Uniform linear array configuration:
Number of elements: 32
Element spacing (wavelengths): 0.5
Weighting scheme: hann
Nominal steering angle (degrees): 30
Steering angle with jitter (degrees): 28.452
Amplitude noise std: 0.05
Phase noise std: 0.05

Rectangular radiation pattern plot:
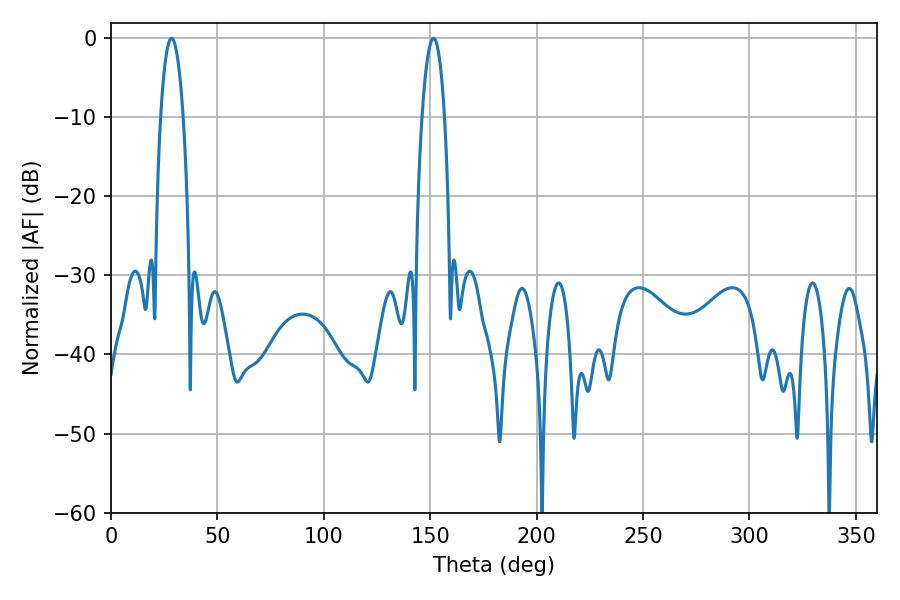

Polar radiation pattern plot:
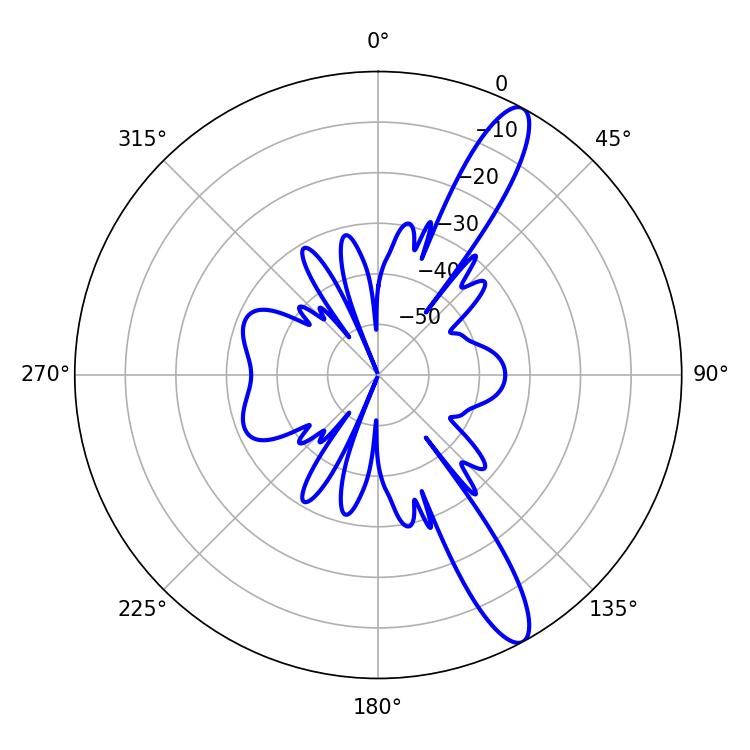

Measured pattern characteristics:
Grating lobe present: FALSE
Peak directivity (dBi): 12.797
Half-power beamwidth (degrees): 5.94
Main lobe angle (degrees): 28.44